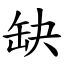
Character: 缺